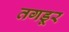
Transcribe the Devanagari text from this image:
तगडूर